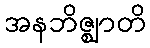
အနဘိဇ္ဈာတိ